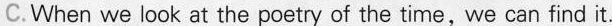
C.When we look at the poetry of the time, we can find it.